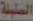
السليلة